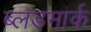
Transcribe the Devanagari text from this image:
ब्लडमार्क